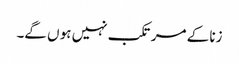
زنا کے مرتکب نہیں ہو ں گے۔